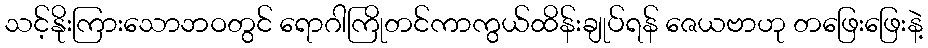
သင့်နိုးကြားသောဘဝတွင် ရောဂါကြိုတင်ကာကွယ်ထိန်းချုပ်ရန် ဇေယဗာဟု တဖြေးဖြေးနဲ့